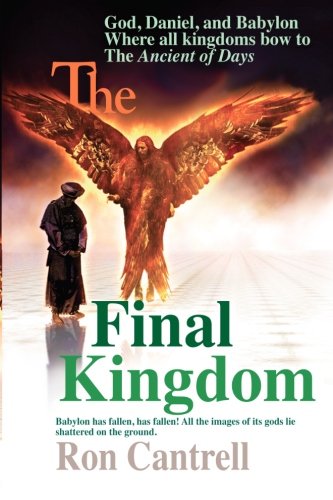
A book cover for The Final Kingdom; Ron Cantrell; Christian Books & Bibles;